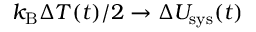
k _ { \mathrm { B } } \Delta T ( t ) / 2 \rightarrow \Delta U _ { \mathrm { s y s } } ( t )